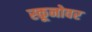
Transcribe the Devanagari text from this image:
स्कूनोवर